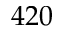
4 2 0